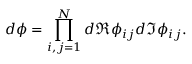
d \phi = \prod _ { i , j = 1 } ^ { N } d \Re \phi _ { i j } d \Im \phi _ { i j } .